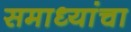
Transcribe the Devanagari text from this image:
समाध्यांचा